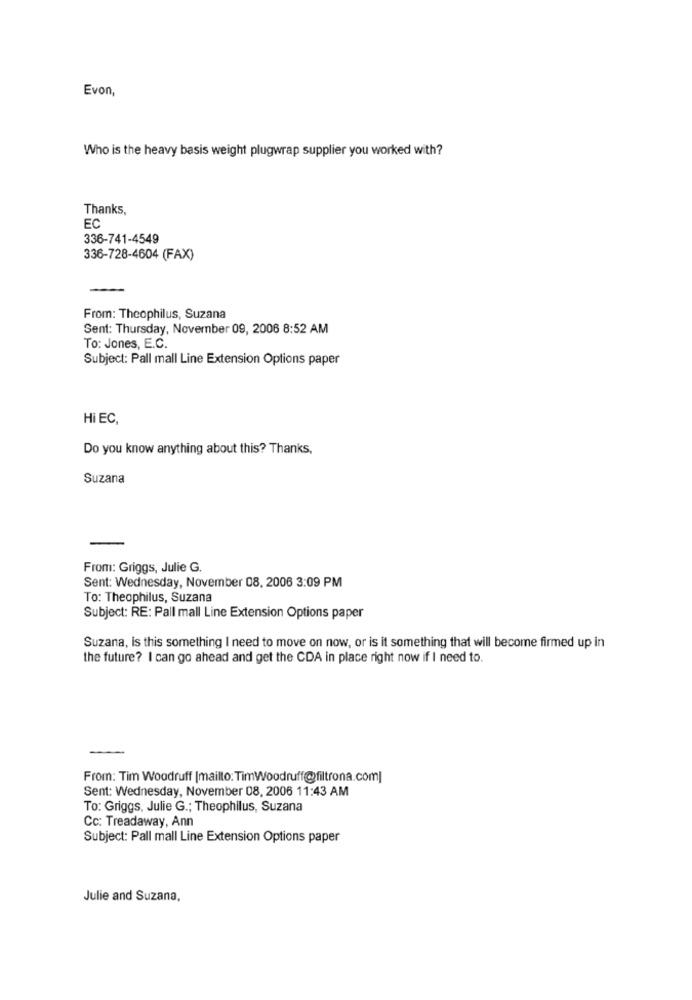
Evon,
Who is the heavy basis weight plugwrap supplier you worked with?
Thanks,
EC
336-741-4549
336-728-4604 (FAX)
From: Theophilus, Suzana
Sent: Thursday, November 09, 2006 8:52 AM
To: Jones, E.C.
Subject: Pall mall Line Extension Options paper
Hi EC,
Do you know anything about this? Thanks,
Suzana
From: Griggs, Julie G.
Sent: Wednesday, November 08, 2006 3:09 PM
To: Theophilus, Suzana
Subject: RE: Pall mall Line Extension Options paper
Suzana, is this something I need to move on now, or is it something that will become firmed up in
the future? I can go ahead and get the CDA in place right now if I need to.
From: Tim Woodruff [mailto: TimWoodruff@filtrona.com]
Sent: Wednesday, November 08, 2006 11:43 AM
To: Griggs, Julie G .; Theophilus, Suzana
Cc: Treadaway, Ann
Subject: Pall mall Line Extension Options paper
Julie and Suzana,